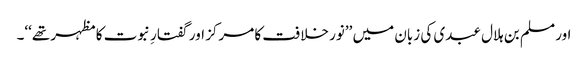
اور مسلم بن ہلال عبدی کی زبان میں ’’نور خلافت کا مرکز اور گفتارِ نبوت کا مظہر تھے‘‘۔